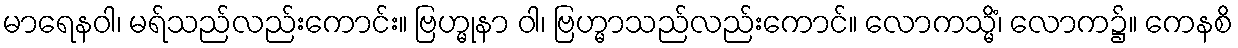
မာရေနဝါ၊ မရ်သည်လည်းကောင်း။ ဗြဟ္မုနာ ဝါ၊ ဗြဟ္မာသည်လည်းကောင်။ လောကသ္မိံ၊ လောက၌။ ကေနစိ